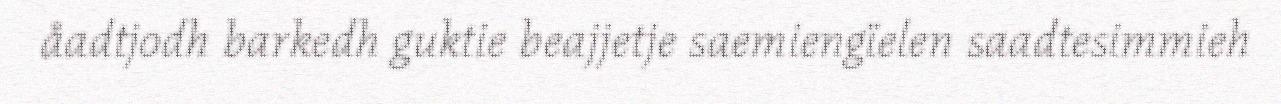
åadtjodh barkedh guktie beajjetje saemiengïelen saadtesimmieh